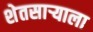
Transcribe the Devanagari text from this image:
शेतसाऱ्याला